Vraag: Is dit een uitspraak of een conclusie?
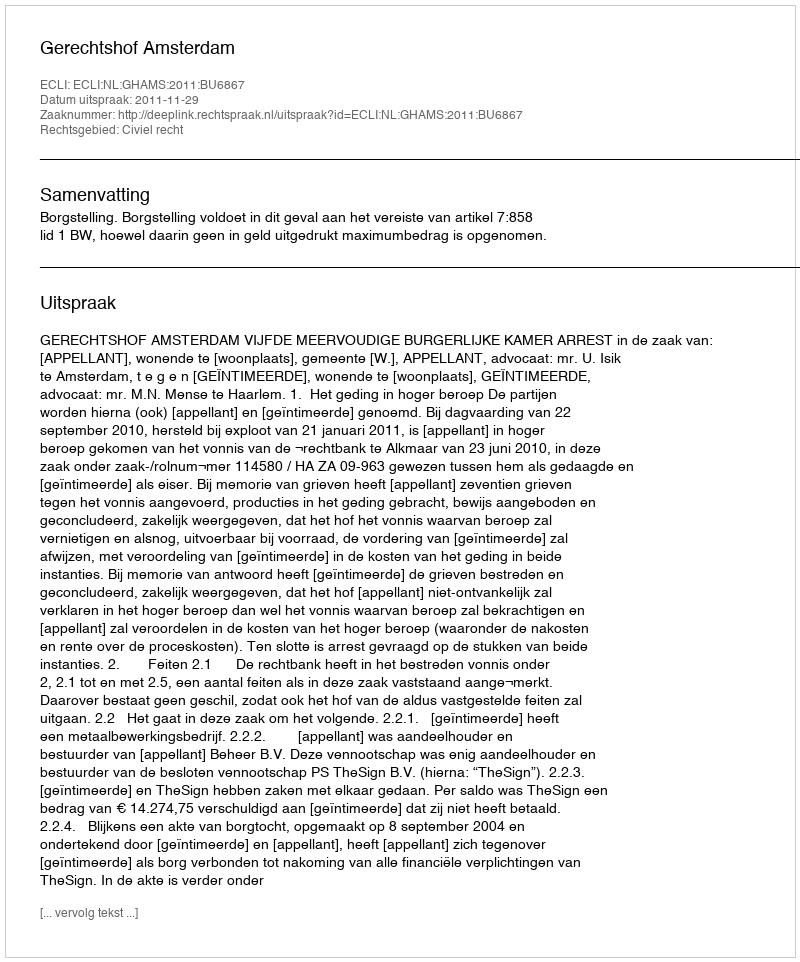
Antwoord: Uitspraak